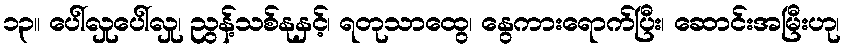
၁၃။ ပေါ်လှုပေါ်လှု၊ ညွန့်သစ်နုနှင့်၊ ရတုသာထွေ၊ နွေကားရောက်ပြီး၊ ဆောင်းအမြီးဟု၊